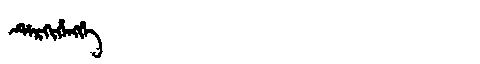
Manchu: ᡩᡝᡵᡴᡳᡥᡝᠩᡤᡝ
Romanization: DERKIHENGGE